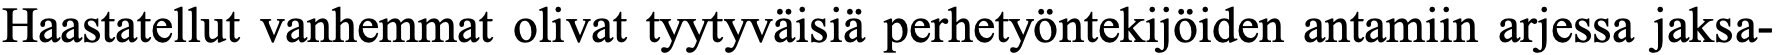
Haastatellut vanhemmat olivat tyytyväisiä perhetyöntekijöiden antamiin arjessa jaksa-